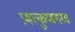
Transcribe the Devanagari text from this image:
प्रमत्कुणगण